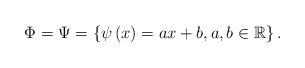
\begin{align*}\Phi=\Psi=\left\{ \psi\left(x\right)=ax+b,a,b\in\mathbb{R}\right\} .\end{align*}